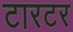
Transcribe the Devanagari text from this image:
टारटर